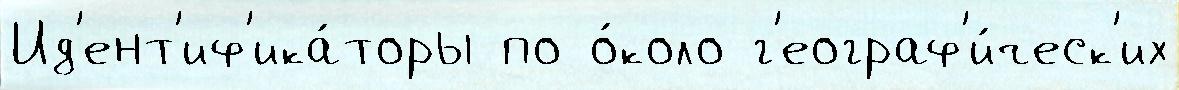
Ид'ент'иф'ика́торы по о́коло г'еограф'и́ческ'их